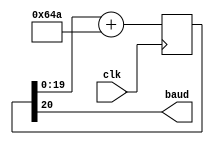
module BaudGen (
	input clk, 		//global clk
	output baud		//BaudRate signal 
); 
	parameter Clk_f = 50000000; 	//Nexys 2 and QMTECH Cyclone Starter Kit xtal frequency.
	parameter exbps = 9600; 		//Desired baudRate
	parameter AccWidth = 20;		//Gives a precision of 2^{-20} 		
	parameter baudgenInc = 1610; //To generate a baudRate of 8*9600
	//parameter baudgenInc = 201; 	//To generate a baudRate of 8*1200
		//baudgenInc = int((8*desired_baudRate*2^{AccWidth})/(clk_f))
	
	reg [AccWidth:0] Acc = {AccWidth+1{1'b0}}; //initiated with 21'b0
	always @(posedge clk)
		Acc <= Acc[AccWidth-1:0]+baudgenInc; 	//Computes a frequency division via addition
	assign baud = Acc[AccWidth]; 					
endmodule